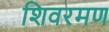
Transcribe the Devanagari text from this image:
शिवरमण